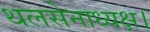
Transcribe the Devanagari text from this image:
थलसेनाध्यक्ष।